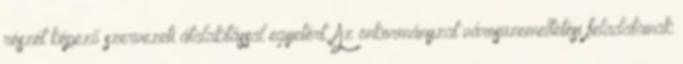
részét képező szervezeti átalakítással egyetért. Az önkormányzat városüzemeltetési feladatainak